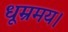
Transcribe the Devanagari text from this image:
धूम्रमय।